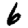
Digit: 6